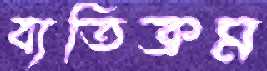
ব্যতিক্রম